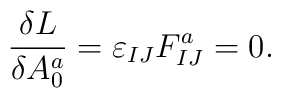
{\delta L \over \delta A^a_0} = \varepsilon_{IJ} F_{IJ}^a =0.